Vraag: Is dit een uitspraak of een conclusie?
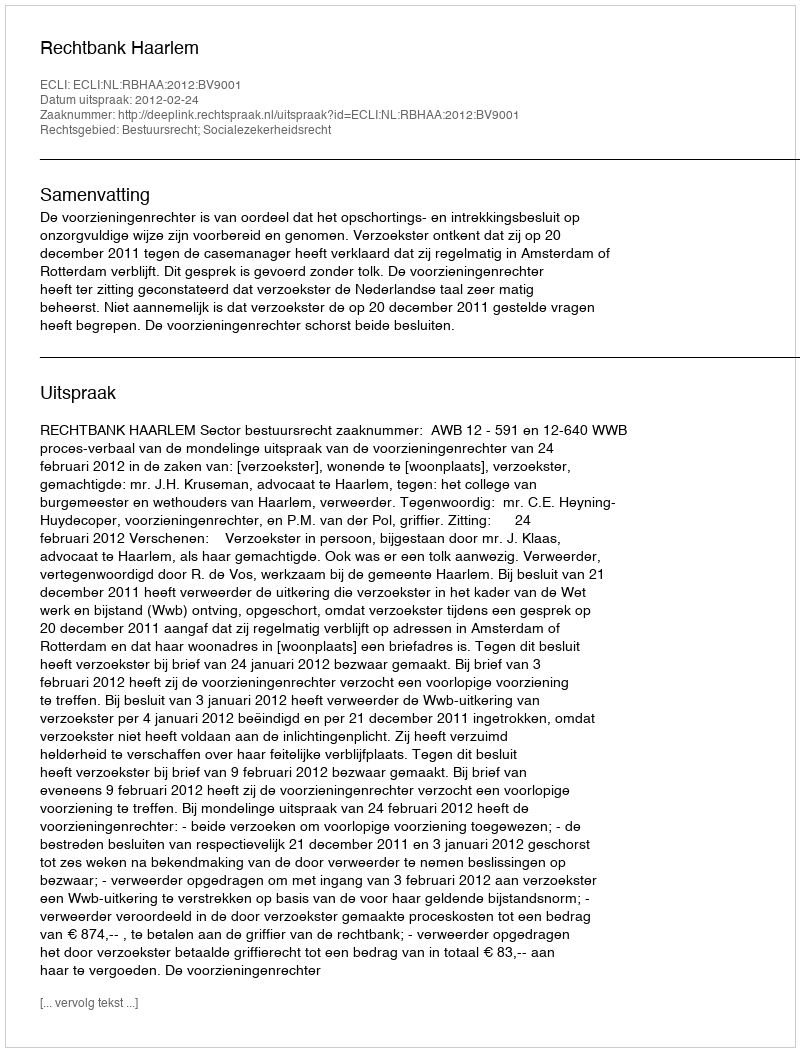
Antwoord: Uitspraak